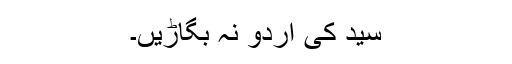
سید کی اردو نہ بگاڑیں۔